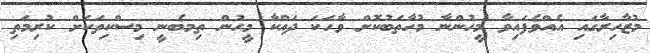
މުޒާހިރާގައި އެއްވެފައިވާ މީހުންނާ މުހާތަބުކޮށް ވާހަކަ ދައްކާ މީހުން ތިމބެނީ މިސްކިތަކަށް ކުރިމަތި